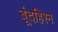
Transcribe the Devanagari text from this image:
बूंदहिश्न